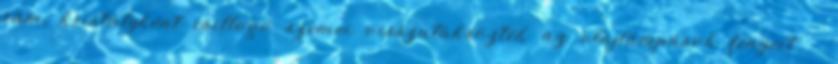
rám, kristályként csillogó szemei visszatükrözték az olajlámpások fényeit. -